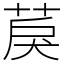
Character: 䓞